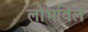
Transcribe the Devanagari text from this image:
लोभविले